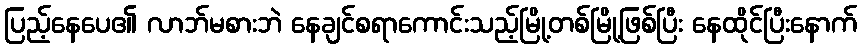
ပြည့်နေပေ၏ လာဘ်မစားဘဲ နေချင်စရာကောင်းသည့်မြို့တစ်မြို့ဖြစ်ပြီး နေထိုင်ပြီးနောက်